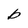
Character: b